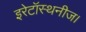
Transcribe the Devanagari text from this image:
इरेटॉस्थनीज।